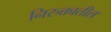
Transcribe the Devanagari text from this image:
निरुक्तातील